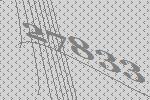
27833